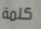
كلمة